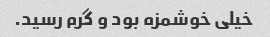
خیلی خوشمزه بود و گرم رسید.